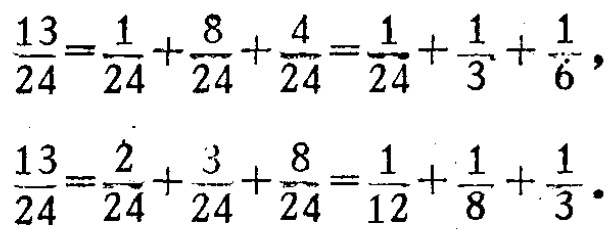
\[\frac{13}{24}=\frac{1}{24}+\frac{8}{24}+\frac{4}{24}=\frac{1}{24}+\frac{1}{3}+\frac{1}{6},\]

\[\frac{13}{24}=\frac{2}{24}+\frac{3}{24}+\frac{8}{24}=\frac{1}{12}+\frac{1}{8}+\frac{1}{3}.\]